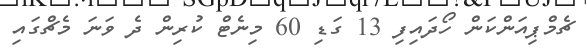
ޗެމްޕިއަންކަން ހޯދައިފި 13 ގަޑި 60 މިނެޓް ކުރިން ދެ ވަނަ މެޗްގައި